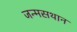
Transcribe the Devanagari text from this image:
जन्मसथान